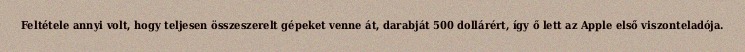
Feltétele annyi volt, hogy teljesen összeszerelt gépeket venne át, darabját 500 dollárért, így ő lett az Apple első viszonteladója.